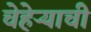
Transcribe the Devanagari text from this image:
चेहेऱ्याची